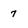
Character: 7